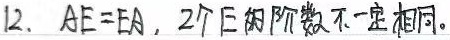
12. \(AE = EA\)，两个\(E\)的阶数不一定相同。